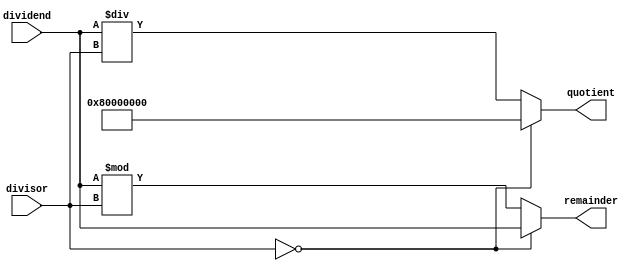
module async_divider(
    input [31:0] dividend,
    input [31:0] divisor,
    output reg [31:0] quotient,
    output reg [31:0] remainder
);

always @(*) begin
    if(divisor == 0) begin
        quotient <= 32'h80000000; // handle divide by zero case
        remainder <= dividend;
    end else begin
        quotient <= dividend / divisor;
        remainder <= dividend % divisor;
    end
end

endmodule